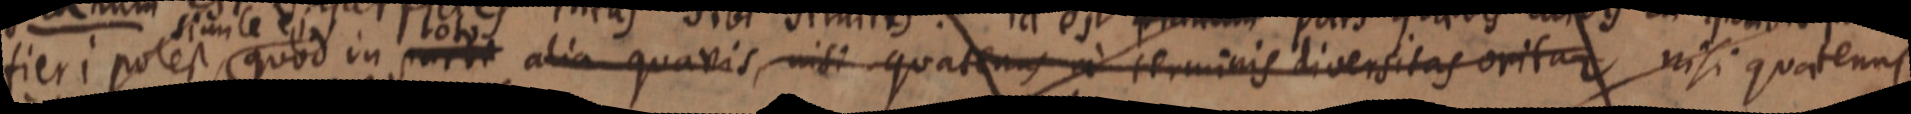
fieri potest, quod in parte alia quavis, nisi quatenus a terminis diversitas oritur nisi quatenus